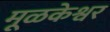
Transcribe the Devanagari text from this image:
मूळकेश्वर